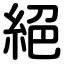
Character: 絕